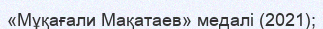
«Мұқағали Мақатаев» медалі (2021);